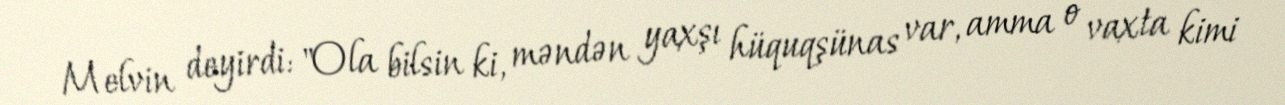
Melvin deyirdi: "Ola bilsin ki, məndən yaxşı hüquqşünas var, amma o vaxta kimi